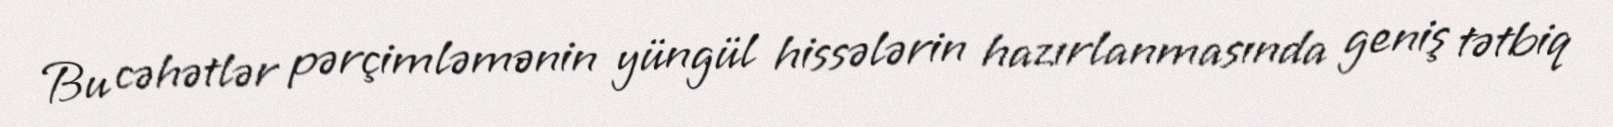
Bu cəhətlər pərçimləmənin yüngül hissələrin hazırlanmasında geniş tətbiq